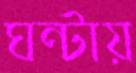
ঘন্টায়